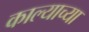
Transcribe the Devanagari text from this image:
काल्याच्या